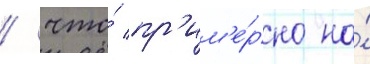
/ что́ пр'им'е́рно на́